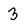
Character: 3